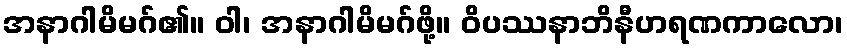
အနာဂါမိမဂ်၏။ ဝါ၊ အနာဂါမိမဂ်ဖို့။ ဝိပဿနာဘိနီဟရဏကာလော၊